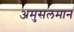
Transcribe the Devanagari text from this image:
अमुसलमान